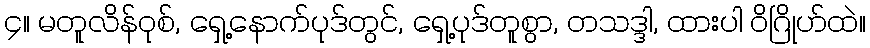
၄။ မတူလိန်ဝုစ်, ရှေ့နောက်ပုဒ်တွင်, ရှေ့ပုဒ်တူစွာ, တသဒ္ဒါ, ထားပါ ဝိဂြိုဟ်ထဲ။